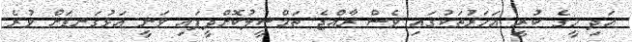
އަދި މީގެ ކުރީ އަހަރުތަކުގައި ވެސް ރާއްޖެ ތަމްސީލުކޮށްދީފައި ވަނީ އަޅުގަނޑަށް ވުރެ